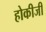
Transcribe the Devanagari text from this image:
होकीजी